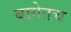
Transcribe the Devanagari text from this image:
बागेतच